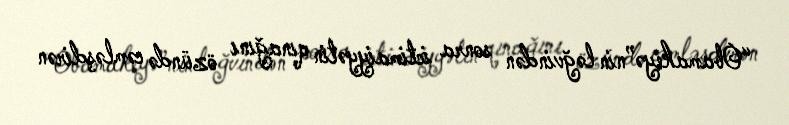
“Obamakeyə”nin ləğvindən sonra ictimaiyyətin qınağını özündə cəmləşdirən